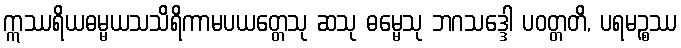
ဣဿရိယဓမ္မယသသိရိကာမပယတ္တေသု ဆသု ဓမ္မေသု ဘဂသဒ္ဒေါ ပဝတ္တတိ, ပရမဉ္စဿ